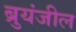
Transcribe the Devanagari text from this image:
ब्रुयंजील